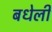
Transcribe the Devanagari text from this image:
बधेली